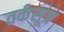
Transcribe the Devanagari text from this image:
तर्कसूत्र